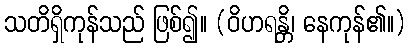
သတိရှိကုန်သည် ဖြစ်၍။ (ဝိဟရန္တိ၊ နေကုန်၏။)